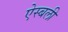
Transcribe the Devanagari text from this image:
ऐस्बली